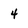
Character: 4